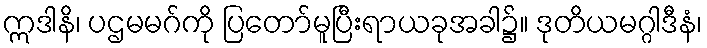
ဣဒါနိ၊ ပဌမမဂ်ကို ပြတော်မူပြီးရာယခုအခါ၌။ ဒုတိယမဂ္ဂါဒီနံ၊